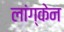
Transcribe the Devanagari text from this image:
लांग्केन